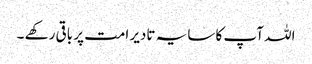
اللہ آپ کا سایہ تادیر امت پر باقی رکھے ۔